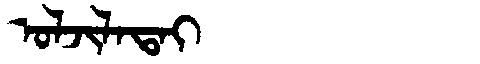
Manchu: ᠣᠯᠵᡳᠯᠠᡨᠠᡳ
Romanization: OLJILATAI